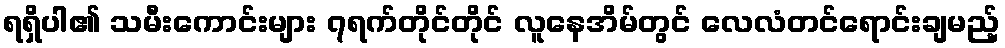
ရရှိပါ၏ သမီးကောင်းများ ၇ရက်တိုင်တိုင် လူနေအိမ်တွင် လေလံတင်ရောင်းချမည့်